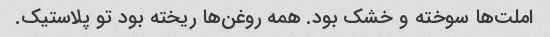
املت‌ها سوخته و خشک بود. همه روغن‌ها ریخته بود تو پلاستیک.